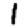
Digit: 1